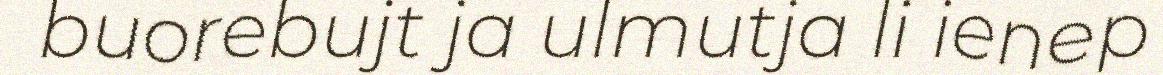
buorebujt ja ulmutja li ienep